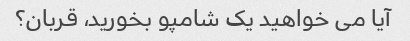
آیا می خواهید یک شامپو بخورید، قربان؟